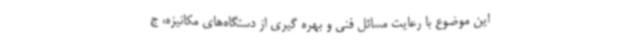
این موضوع با رعایت مسائل فنی و بهره گیری از دستگاه‌های مکانیزه، ج